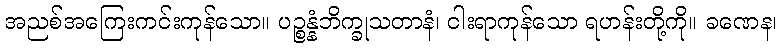
အညစ်အကြေးကင်းကုန်သော။ ပဉ္စန္နံဘိက္ခုသတာနံ၊ ငါးရာကုန်သော ရဟန်းတို့ကို။ ခဏေန၊